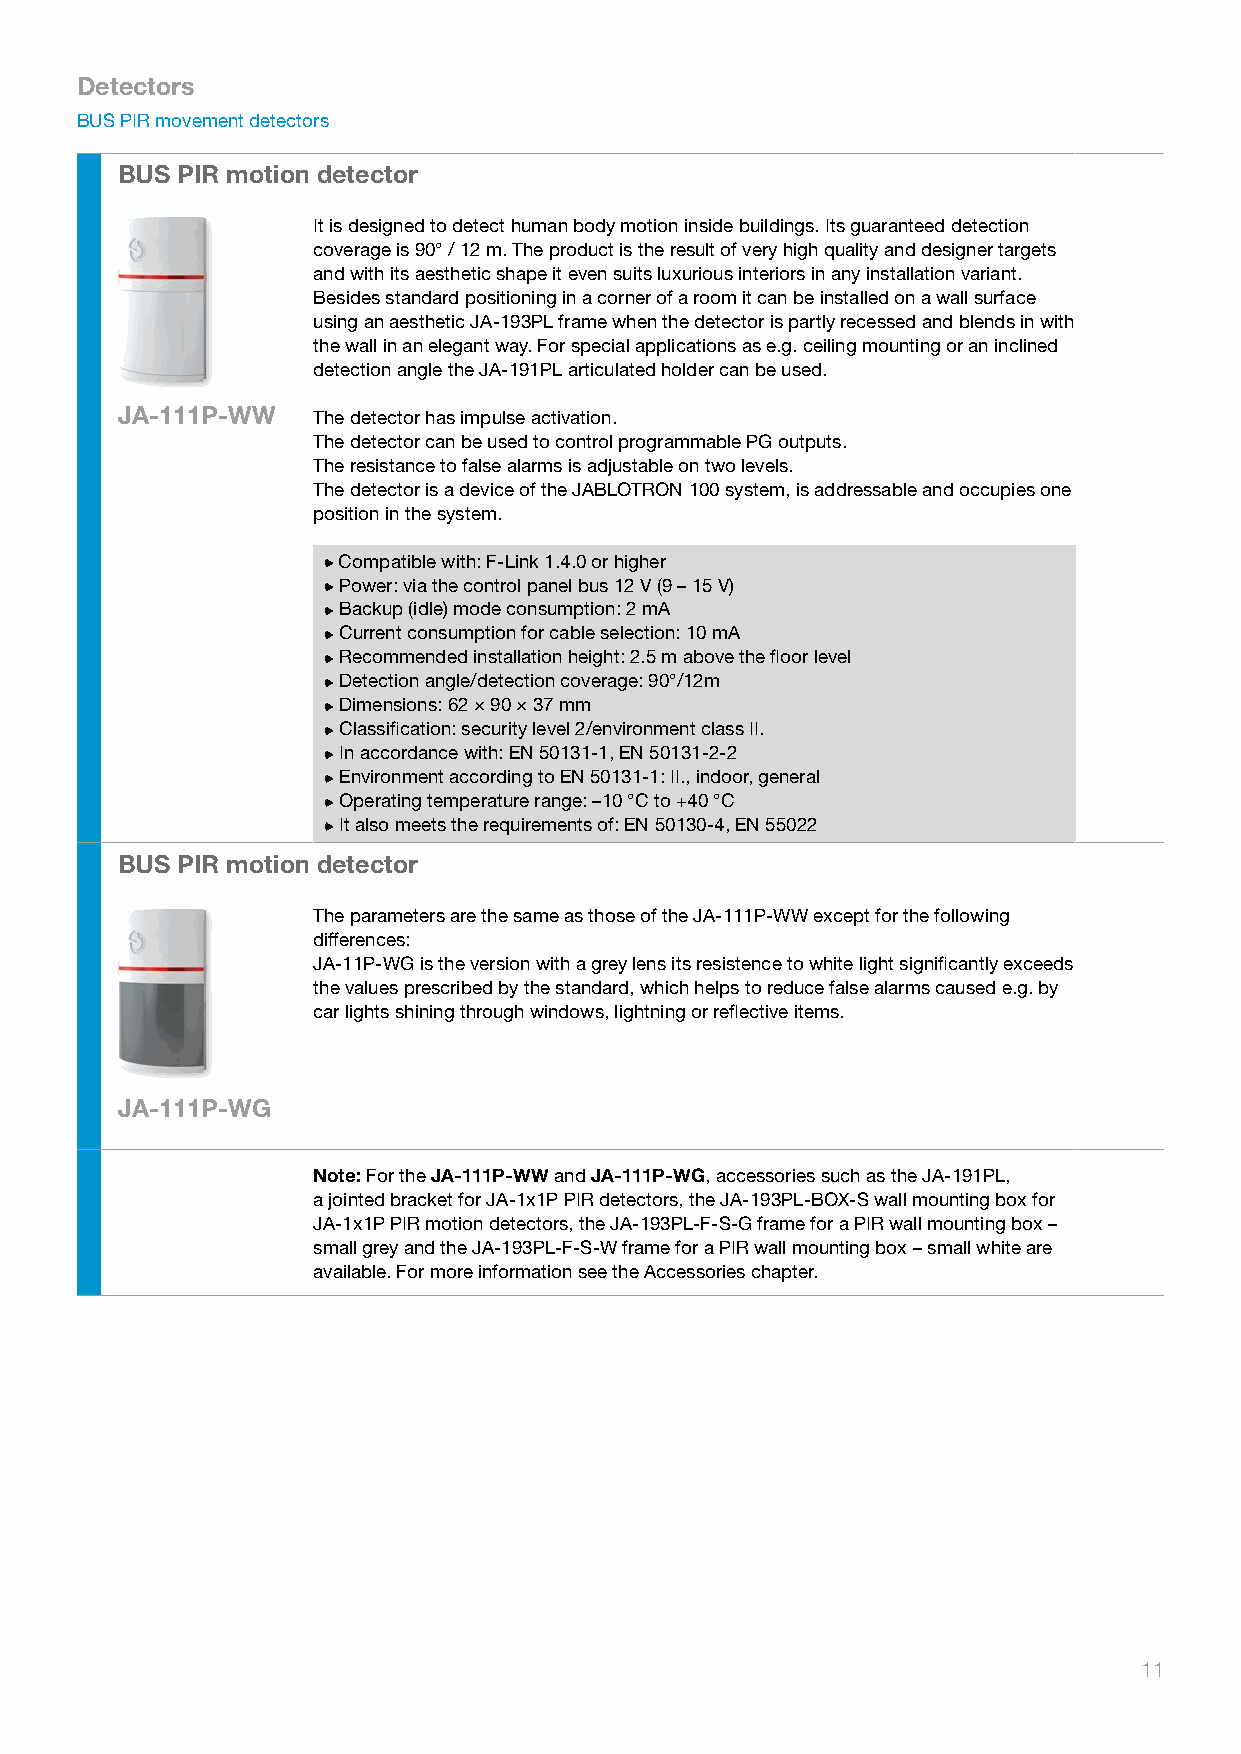
Detectors
 BUS PIR movement detectors
 BUS PIR motion detector
 It is designed to detect human body motion inside buildings. Its guaranteed detection
 coverage is 90° / 12 m. The product is the result of very high quality and designer targets
 and with its aesthetic shape it even suits luxurious interiors in any installation variant.
 Besides standard positioning in a corner of a room it can be installed on a wall surface
 using an aesthetic JA-193PL frame when the detector is partly recessed and blends in with
 the wall in an elegant way. For special applications as e.g. ceiling mounting or an inclined
 detection angle the JA-191PL articulated holder can be used.
 JA-111P-WW   The detector has impulse activation.
 The detector can be used to control programmable PG outputs.
 The resistance to false alarms is adjustable on two levels.
 The detector is a device of the JABLOTRON 100 system, is addressable and occupies one
 position in the system.
 Compatible with: F-Link 1.4.0 or higher
 Power: via the control panel bus 12 V (9 – 15 V)
 Backup (idle) mode consumption: 2 mA
 Current consumption for cable selection: 10 mA
 Recommended installation height: 2.5 m above the floor level
 Detection angle/detection coverage: 90°/12m
 Dimensions: 62 × 90 × 37 mm
 Classification: security level 2/environment class II.
 In accordance with: EN 50131-1, EN 50131-2-2
 Environment according to EN 50131-1: II., indoor, general
 Operating temperature range: –10 °C to +40 °C
 It also meets the requirements of: EN 50130-4, EN 55022
 BUS PIR motion detector
 The parameters are the same as those of the JA-111P-WW except for the following
 differences:
 JA-11P-WG is the version with a grey lens its resistence to white light significantly exceeds
 the values prescribed by the standard, which helps to reduce false alarms caused e.g. by
 car lights shining through windows, lightning or reflective items.
 JA-111P-WG
 Note: For the JA-111P-WW and JA-111P-WG, accessories such as the JA-191PL,
 a jointed bracket for JA-1x1P PIR detectors, the JA-193PL-BOX-S wall mounting box for
 JA-1x1P PIR motion detectors, the JA-193PL-F-S-G frame for a PIR wall mounting box –
 small grey and the JA-193PL-F-S-W frame for a PIR wall mounting box – small white are
 available. For more information see the Accessories chapter.
 11